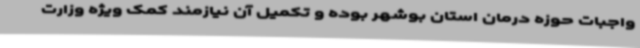
واجبات حوزه درمان استان بوشهر بوده و تکمیل آن نیازمند کمک ویژه وزارت